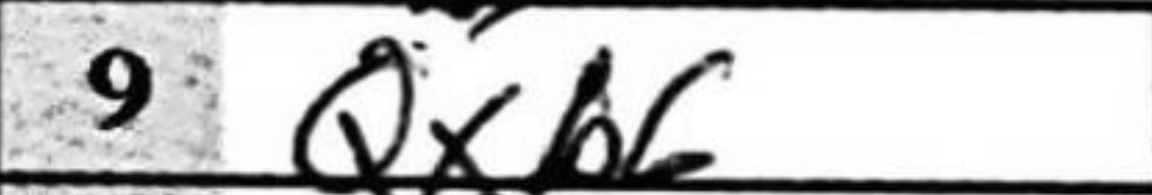
Transcription: Qxb6